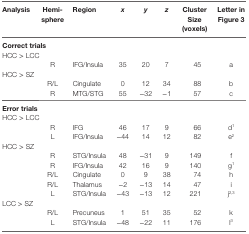
| Analysis | Hemi-sphere | Region | x | y | z | Cluster Size (voxels) | Letter in Figure 3 |
 | --- | --- | --- | --- | --- | --- | --- | --- |
 | <COLSPAN=8> Correct trials |
 | <COLSPAN=8> HCC > LCC |
 |  | R | IFG/Insula | 35 | 20 | 7 | 45 | a |
 | <COLSPAN=8> HCC > SZ |
 |  | R/L | Cingulate | 0 | 12 | 34 | 88 | b |
 |  | R | MTG/STG | 55 | −32 | −1 | 57 | c |
 | <COLSPAN=8> Error trials |
 | <COLSPAN=8> HCC > LCC |
 |  | R | IFG | 46 | 17 | 9 | 66 | d1 |
 |  | L | IFG/Insula | −44 | 14 | 12 | 82 | e2 |
 | <COLSPAN=8> HCC > SZ |
 |  | R | STG/Insula | 48 | −31 | 9 | 149 | f |
 |  | R | IFG/Insula | 42 | 16 | 9 | 140 | g1 |
 |  | R/L | Cingulate | 0 | 9 | 38 | 74 | h |
 |  | R/L | Thalamus | −2 | −13 | 14 | 47 | i |
 |  | L | STG/Insula | −43 | −13 | 12 | 221 | j2,3 |
 | <COLSPAN=8> LCC > SZ |
 |  | R/L | Precuneus | 1 | 51 | 35 | 52 | k |
 |  | L | STG/Insula | −48 | −22 | 11 | 176 | l3 |